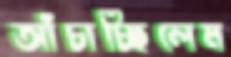
আঁচাচ্ছিলেম